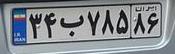
۳۴ب۷۸۵۸۶